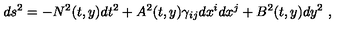
d s ^ { 2 } = - N ^ { 2 } ( t , y ) d t ^ { 2 } + A ^ { 2 } ( t , y ) \gamma _ { i j } d x ^ { i } d x ^ { j } + B ^ { 2 } ( t , y ) d y ^ { 2 } \ ,